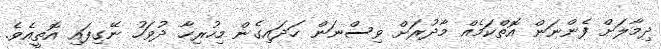
ދިމާލަށް ފެންނަން އޮތްކަމެއް މާދުރަށް ވިސްނަން ހަދައިގެން މިހުރިހާ ދުވަހު ނޭގިފައި އޮތީއެވެ.